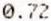
0.72